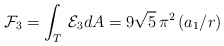
\begin{align*}{\cal F}_{3}=\int_{T}\, {\cal E}_{3} dA=9 \sqrt{5}\, \pi^2\, (a_{1}/r)\end{align*}